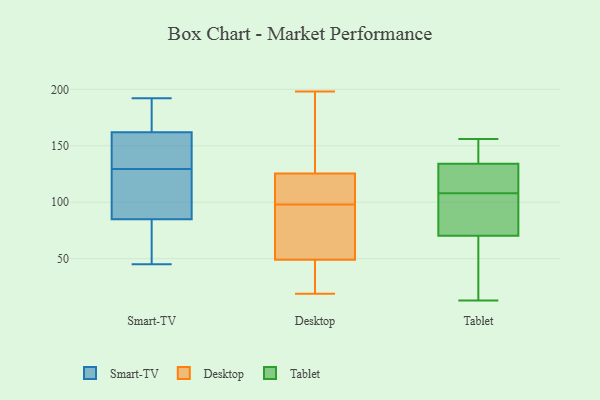
{"axis": {"x": "Website Visitors", "y": "Value"}, "legend": ["Desktop", "Smart-TV", "Tablet"], "data": [{"x": "", "y": 178, "type": "Smart-TV"}, {"x": "", "y": 126, "type": "Smart-TV"}, {"x": "", "y": 162, "type": "Smart-TV"}, {"x": "", "y": 67, "type": "Smart-TV"}, {"x": "", "y": 192, "type": "Smart-TV"}, {"x": "", "y": 133, "type": "Smart-TV"}, {"x": "", "y": 92, "type": "Smart-TV"}, {"x": "", "y": 144, "type": "Smart-TV"}, {"x": "", "y": 45, "type": "Smart-TV"}, {"x": "", "y": 85, "type": "Smart-TV"}, {"x": "", "y": 101, "type": "Desktop"}, {"x": "", "y": 198, "type": "Desktop"}, {"x": "", "y": 64, "type": "Desktop"}, {"x": "", "y": 19, "type": "Desktop"}, {"x": "", "y": 129, "type": "Desktop"}, {"x": "", "y": 136, "type": "Desktop"}, {"x": "", "y": 193, "type": "Desktop"}, {"x": "", "y": 98, "type": "Desktop"}, {"x": "", "y": 164, "type": "Desktop"}, {"x": "", "y": 115, "type": "Desktop"}, {"x": "", "y": 86, "type": "Desktop"}, {"x": "", "y": 32, "type": "Desktop"}, {"x": "", "y": 112, "type": "Desktop"}, {"x": "", "y": 25, "type": "Desktop"}, {"x": "", "y": 59, "type": "Desktop"}, {"x": "", "y": 27, "type": "Desktop"}, {"x": "", "y": 46, "type": "Desktop"}, {"x": "", "y": 58, "type": "Desktop"}, {"x": "", "y": 106, "type": "Desktop"}, {"x": "", "y": 149, "type": "Tablet"}, {"x": "", "y": 13, "type": "Tablet"}, {"x": "", "y": 156, "type": "Tablet"}, {"x": "", "y": 134, "type": "Tablet"}, {"x": "", "y": 112, "type": "Tablet"}, {"x": "", "y": 42, "type": "Tablet"}, {"x": "", "y": 133, "type": "Tablet"}, {"x": "", "y": 74, "type": "Tablet"}, {"x": "", "y": 134, "type": "Tablet"}, {"x": "", "y": 108, "type": "Tablet"}, {"x": "", "y": 74, "type": "Tablet"}, {"x": "", "y": 152, "type": "Tablet"}, {"x": "", "y": 104, "type": "Tablet"}, {"x": "", "y": 23, "type": "Tablet"}, {"x": "", "y": 69, "type": "Tablet"}]}